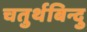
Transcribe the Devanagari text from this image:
चतुर्थबिन्दु